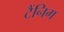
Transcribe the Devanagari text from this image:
टैंनिग